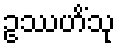
ဥဿဟိံသု